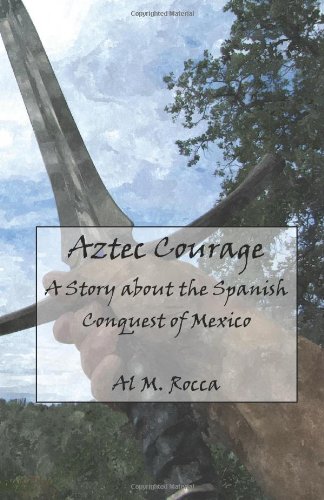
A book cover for Aztec Courage: A Story about the Spanish Conquest of Mexico; Al M. Rocca PhD; Teen & Young Adult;